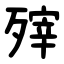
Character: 㱰